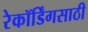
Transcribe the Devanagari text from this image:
रेकॉर्डिंगसाठी